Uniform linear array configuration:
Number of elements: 4
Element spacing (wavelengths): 1
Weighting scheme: binomial
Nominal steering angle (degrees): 0
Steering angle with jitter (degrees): -1.779
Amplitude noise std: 0.05
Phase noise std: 0.05

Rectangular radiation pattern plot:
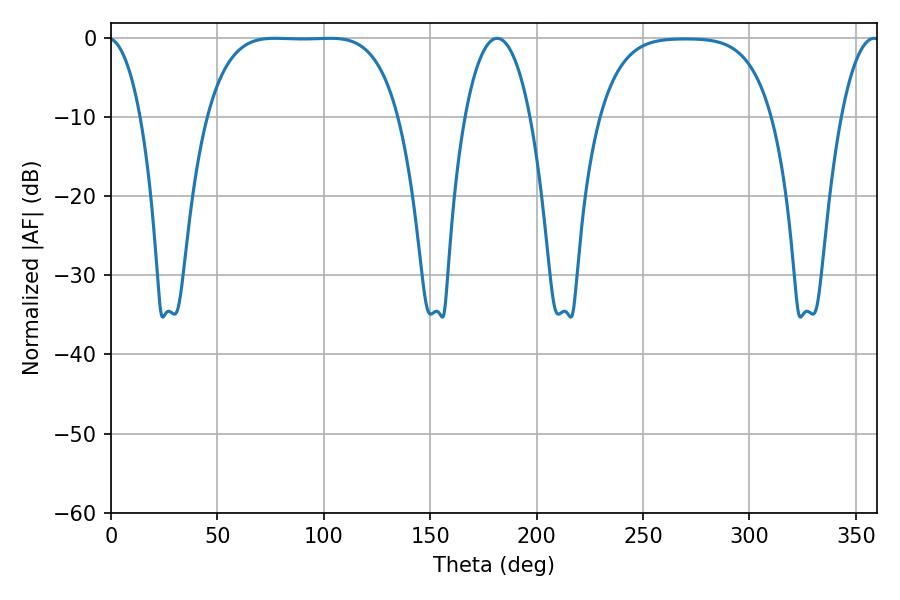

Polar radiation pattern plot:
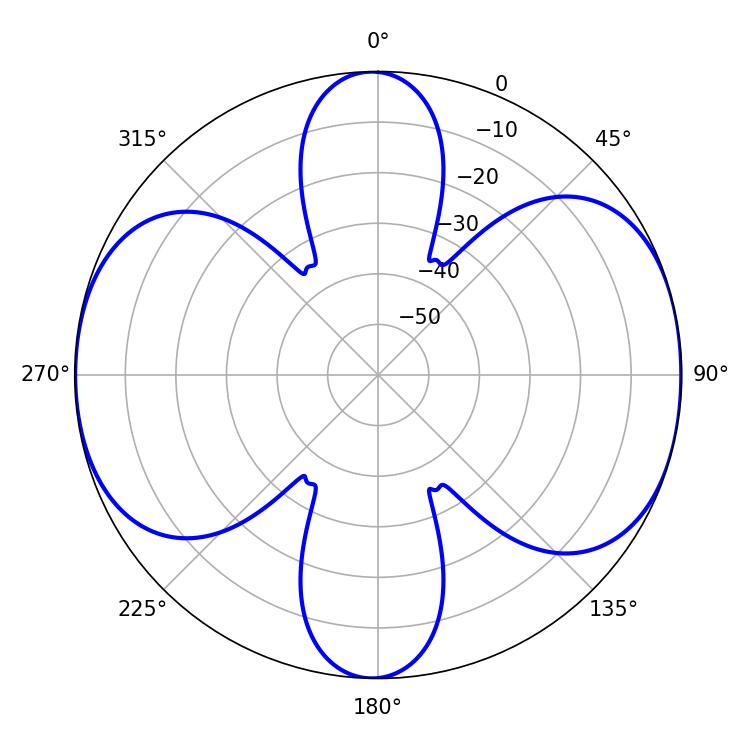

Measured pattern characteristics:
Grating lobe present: TRUE
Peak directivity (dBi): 10.718
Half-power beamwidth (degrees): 69.12
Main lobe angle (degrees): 77.04